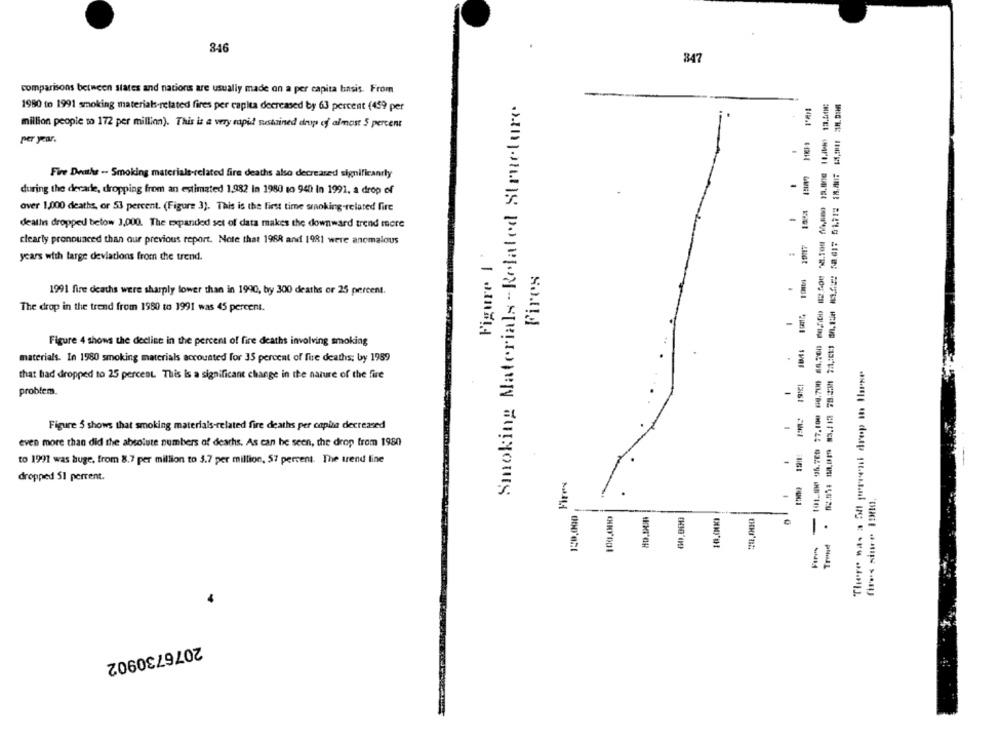
346
847
comparisons between states and nacions are usually made on a per capita basis. From
-
Smoking Materials -Related Structure
1980 to 1991 smoking materials-related fires per capita decreased by 63 percent (459 per
million people to 172 per million). This is a very rapid sustained drup of almost 5 percent
per year.
-
Fire Deaths -- Smoking materials-related fire deaths also decreased significantly
during the decade, dropping from an estimated 1,982 in 1980 to 940 In 1991, a drop of
over 1,000 deaths, or 53 percent. (Figure 3). This is the first time smoking-related fire
deaths dropped below 1,000. The expanded set of data makes the downward trend more
1
clearly pronounced than our previous report. Note that 1968 and 1981 were anomalous
Figure |
years with large deviations from the trend.
Fires
1991 fire deaths were sharply lower than in 1990, by 300 deaths or 25 percent.
.
The drop in the trend from 1980 to 1991 was 45 percent.
-----
Figure 4 shows the decline in the percent of fire deaths involving smoking
materials. In 1980 smoking materials accounted for 35 percent of fire deaths; by 1989
that had dropped to 25 percent. This is a significant change in the nature of the fire
problem.
-
Figure 5 shows that smoking materials-related fire deaths per capita decreased
-
even more than did the absolute numbers of deaths. As can be seen, the drop from 1980
to 1991 was huge. from 8.7 per million to 3.7 per million, 57 percent. The trend line
-
Fires
dropped 51 percent.
-
fires since 19.
10.000
------------
-
Trend
-
2076730902